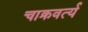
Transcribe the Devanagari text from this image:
चाक्रवर्त्य